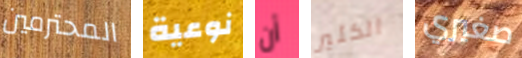
المحترمين نوعية أن الكثير صغيري